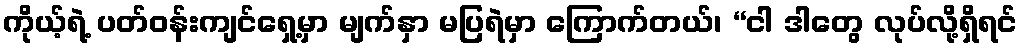
ကိုယ့်ရဲ့ ပတ်ဝန်းကျင်ရှေ့မှာ မျက်နှာ မပြရဲမှာ ကြောက်တယ်၊ “ငါ ဒါတွေ လုပ်လို့ရှိရင်